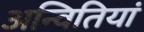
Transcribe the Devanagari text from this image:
अन्वितियां